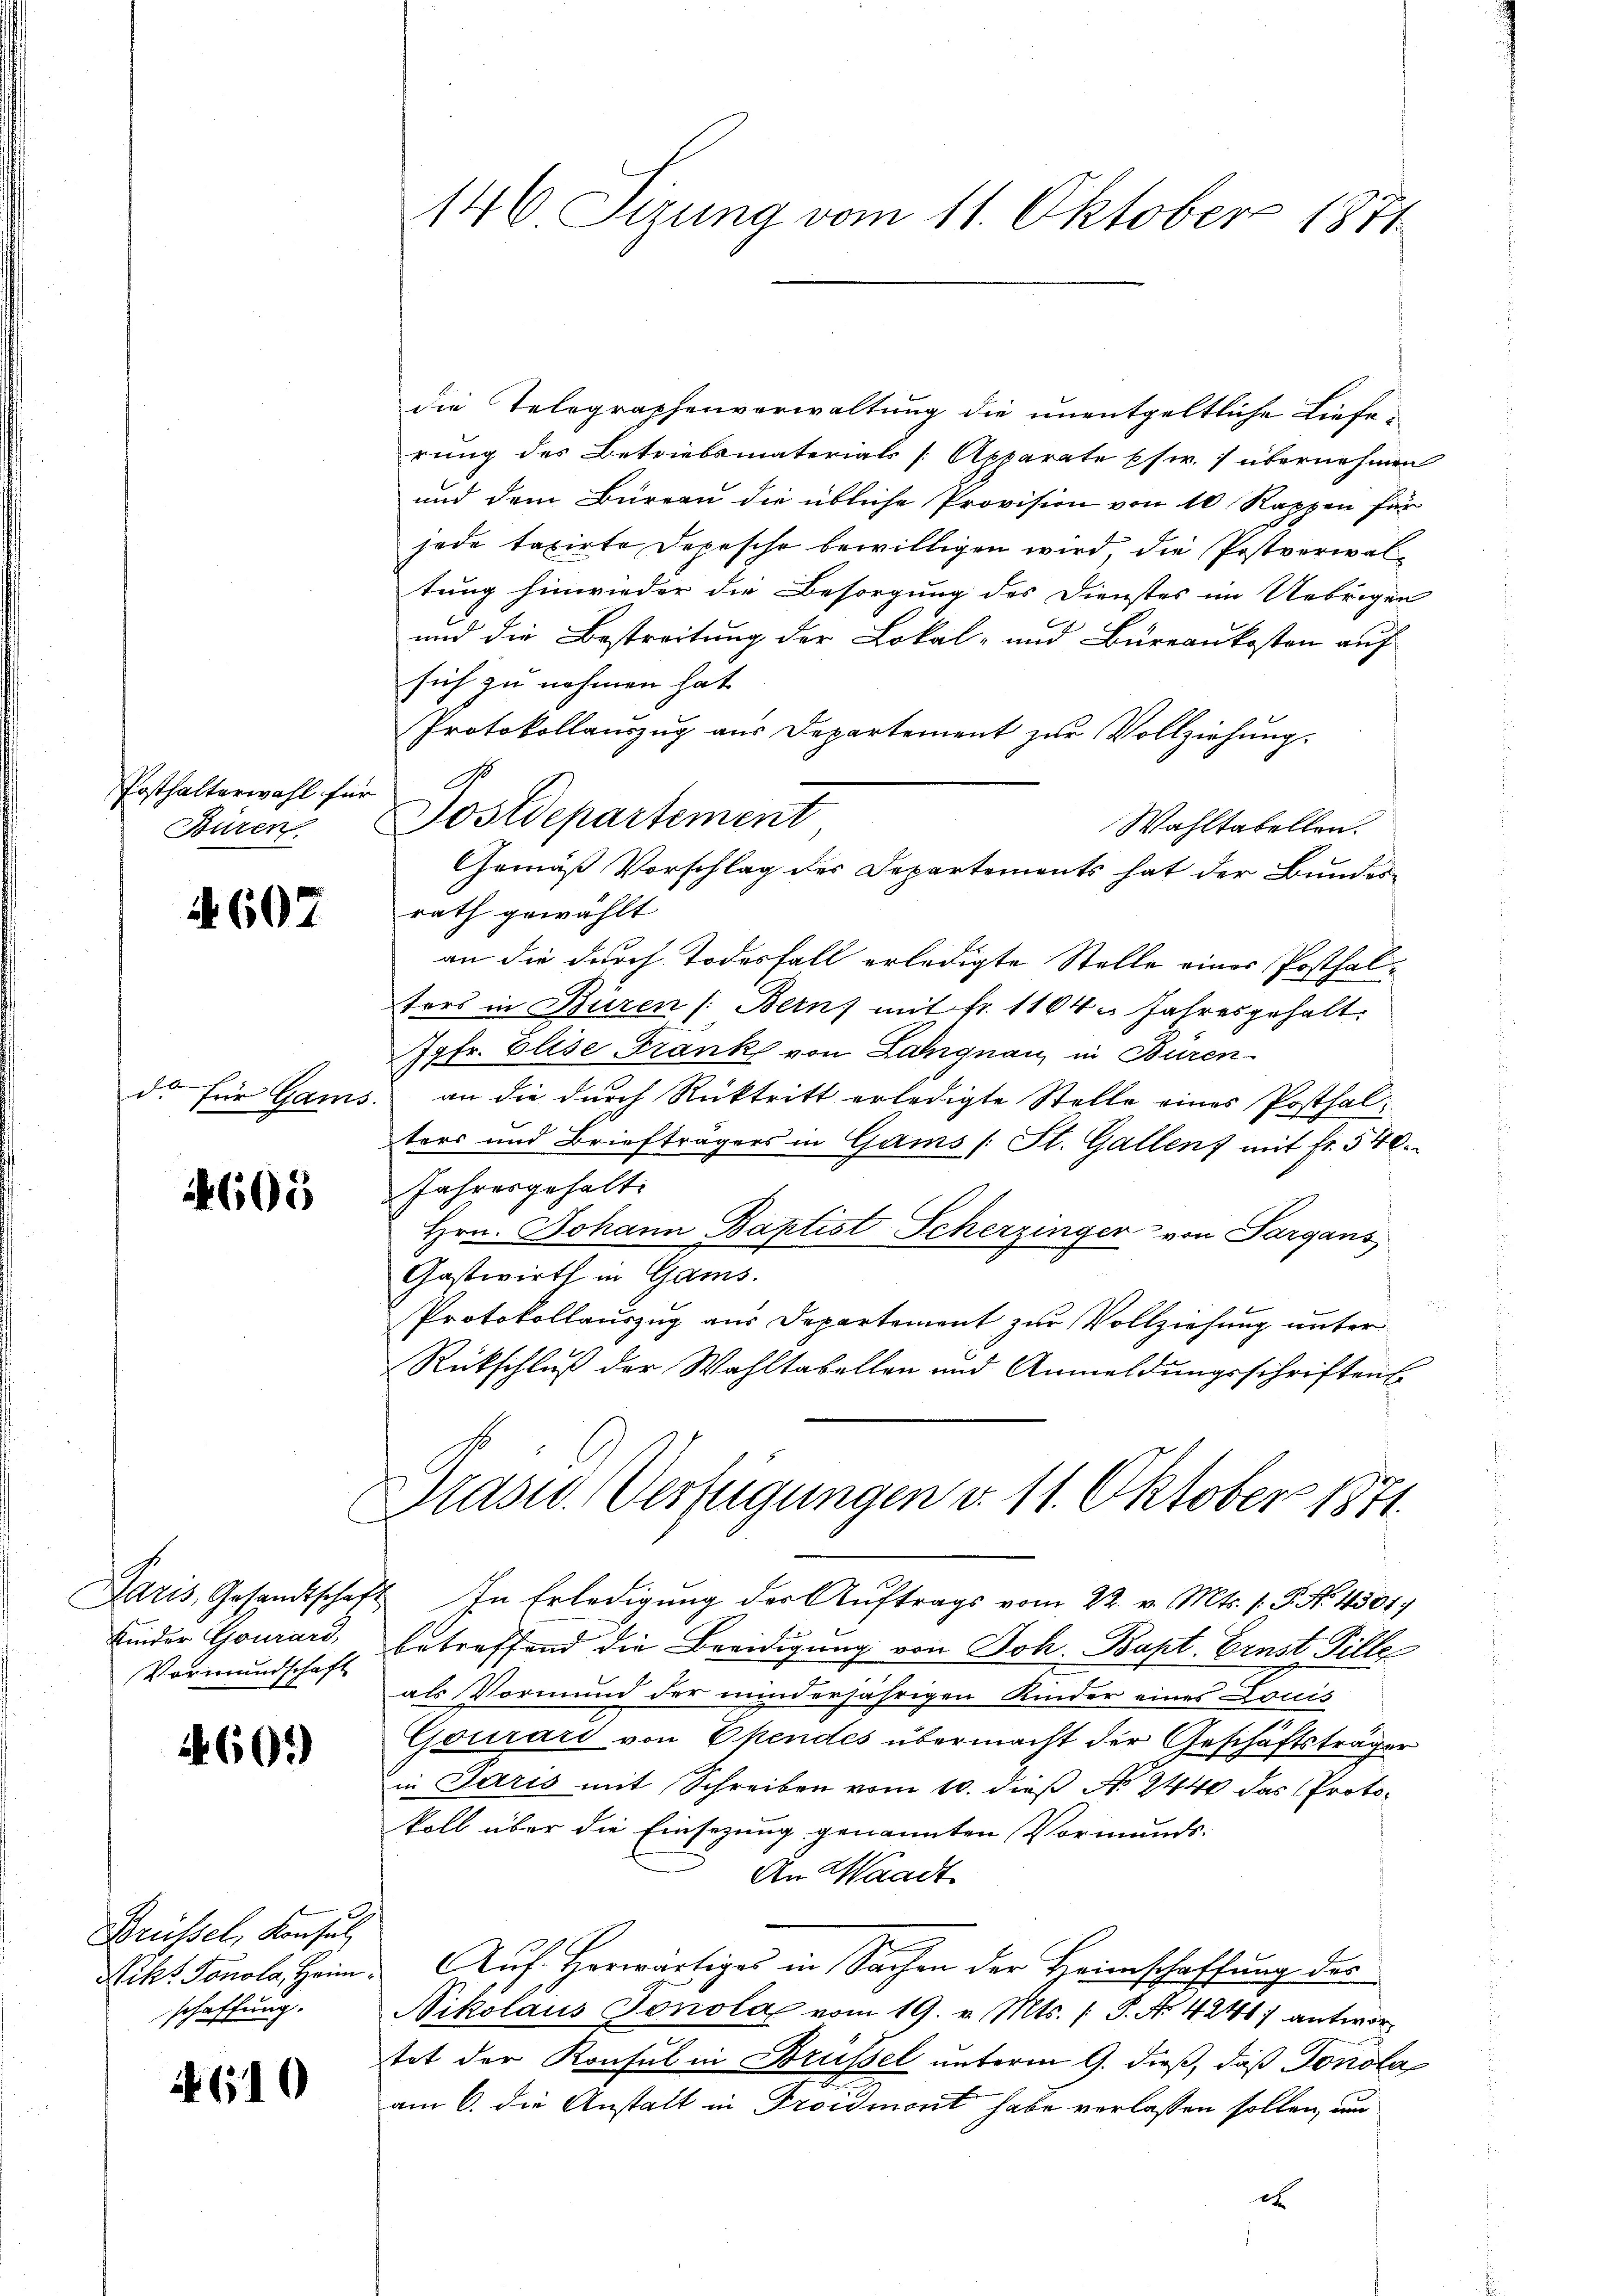
Ersthalterwahl für
Büren

A 607

ds für Gam

605

Paris, Gesandtschaf
Kinder Gourard,
Vormundschaft

1601)

Brüssel, Konsul
Nikt Fonola, Heim.
schaffung.

610

146 Sizung vom 11. Oktober 1871

die Telegraphenvorwaltung die unentgeltliche Lieferung des Betriebsmaterials [Apparate pfwr. 7 übernehmen
und dem Büreau die übliche Provision von 10 Rappen für
jede taxirte Depesche bewilligen wird die Postverwaltung hinwieder die Besorgung des Dienstes im Uebrigen
und die Bestreitung der Lokal- und Büreaukosten auf
sich zu nehmen hat
Protokollauszug aus Departement zur Vollziehung.
Wahltabellen.
rath gewählt
an die durch Todesfall erledigte Stelle einer Posthalters in Büren /: Bern mit fr. 1104 u Jahresgehalt.
Jgfr. Elise Frank von Langnau, in Büren
an die durch Rücktritt erledigte Stelle eines Posthalters und Briefträgers in Gams (St. Gallen mit fr. 540.
Jahresgehalt
Hrn. Johann Baptist Scherzinger von Sargans
Gastwirth in Gams.
Protokollauszug aus Departement zur Vollziehung unter
Rückschluß der Wahltabellen und Anmeldungsschriften
Prasw. Verfügungen d. 11. Oktober 1871.
In Erledigung der Auftrags vom 22. v. Mts. f. P. Nr. 4501/
betreffend die Beeidigung von Joh. Bapt. Ernst Pille
als Vormund der minderjährigen Kinder eines Louis
Gourard von Opendes übermacht der Geschäftsträger
in Paris mit Schreiben vom 10. dieß No. 244 das Protokoll über die Einsezung genannten Vormunds¬
An Waadt
Auf Herwärtiges in Sachen der Heimschaffung des
Nikolaus Tonola vom 19. v. Mts. S. Nr. 4241) antwortet der Konsul in Brüssel unterm 9. dieß, daß Tonola
am 6. die Anstalt in Troidmont habe verlassen sollen, um
eh

A
ostdepartement

Gemäß Vorschlag des Departements hat der Bundes